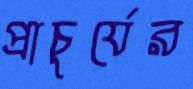
প্রাচুর্যের